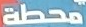
محطة